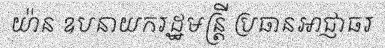
យ៉ាន ឧបនាយករដ្ឋមន្ត្រី ប្រធានអាជ្ញាធរ